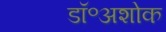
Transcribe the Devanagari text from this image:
डॉ॰अशोक